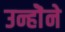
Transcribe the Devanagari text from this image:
उन्होॆने